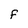
Character: F